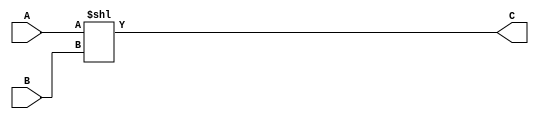
`timescale 1ns/10ps
module shiftLeft(A, B, C);
input [31:0] A, B;
output reg [31:0] C;
always@(A or B)
	begin
	C = A << B;
	end
endmodule